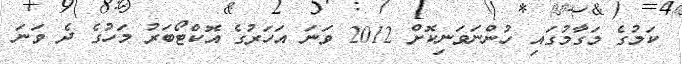
ކަމުގެ މަގާމުގައި ހުންނަވަނިކޮށް 2012 ވަނަ އަހަރުގެ އޮކްޓޯބަރު މަހުގެ ދެ ވަނަ